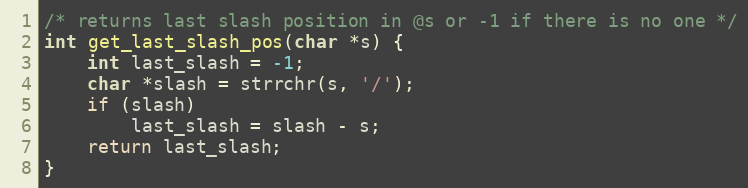
Language: C++
/* returns last slash position in @s or -1 if there is no one */
int get_last_slash_pos(char *s) {
    int last_slash = -1;
    char *slash = strrchr(s, '/');
    if (slash)
        last_slash = slash - s;
    return last_slash;
}